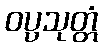
ဝပ္ပသုတ္တံ